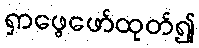
ရှာဖွေဖော်ထုတ်၍